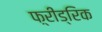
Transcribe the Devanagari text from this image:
फ़्रीड्रिक